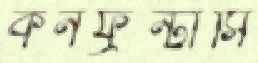
কনফ্রন্টাসি